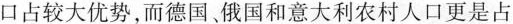
口占较大优势，而德国、俄国和意大利农村人俄意三国尚未开始工业革命口更是占